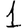
Digit: 1